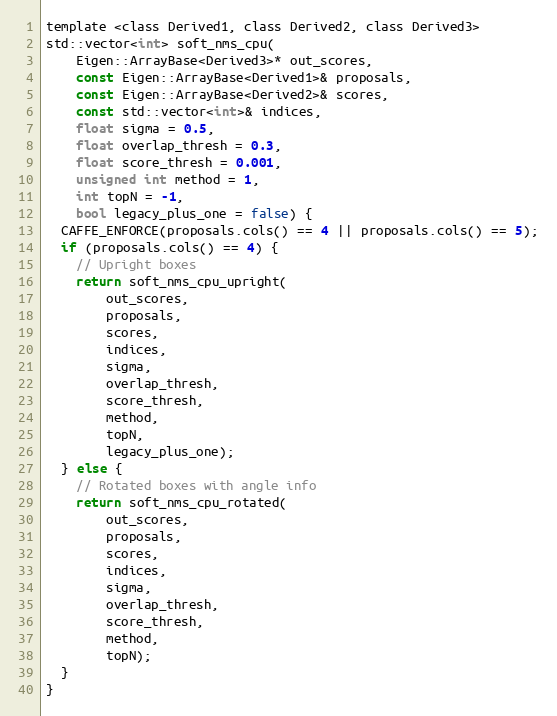
Language: C
template <class Derived1, class Derived2, class Derived3>
std::vector<int> soft_nms_cpu(
    Eigen::ArrayBase<Derived3>* out_scores,
    const Eigen::ArrayBase<Derived1>& proposals,
    const Eigen::ArrayBase<Derived2>& scores,
    const std::vector<int>& indices,
    float sigma = 0.5,
    float overlap_thresh = 0.3,
    float score_thresh = 0.001,
    unsigned int method = 1,
    int topN = -1,
    bool legacy_plus_one = false) {
  CAFFE_ENFORCE(proposals.cols() == 4 || proposals.cols() == 5);
  if (proposals.cols() == 4) {
    // Upright boxes
    return soft_nms_cpu_upright(
        out_scores,
        proposals,
        scores,
        indices,
        sigma,
        overlap_thresh,
        score_thresh,
        method,
        topN,
        legacy_plus_one);
  } else {
    // Rotated boxes with angle info
    return soft_nms_cpu_rotated(
        out_scores,
        proposals,
        scores,
        indices,
        sigma,
        overlap_thresh,
        score_thresh,
        method,
        topN);
  }
}